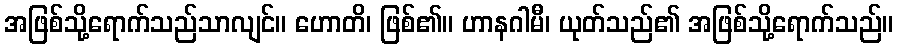
အဖြစ်သို့ရောက်သည်သာလျင်။ ဟောတိ၊ ဖြစ်၏။ ဟာနဂါမီ၊ ယုတ်သည်၏ အဖြစ်သို့ရောက်သည်။